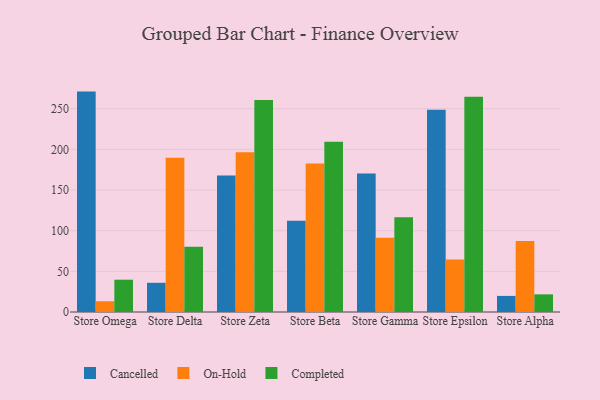
{"axis": {"x": "Store", "y": "Conversion Rate (%)"}, "legend": ["Cancelled", "Completed", "On-Hold"], "data": [{"x": "Store Omega", "y": 271.0, "type": "Cancelled"}, {"x": "Store Omega", "y": 13.2, "type": "On-Hold"}, {"x": "Store Omega", "y": 39.7, "type": "Completed"}, {"x": "Store Delta", "y": 35.9, "type": "Cancelled"}, {"x": "Store Delta", "y": 189.6, "type": "On-Hold"}, {"x": "Store Delta", "y": 80.2, "type": "Completed"}, {"x": "Store Zeta", "y": 167.9, "type": "Cancelled"}, {"x": "Store Zeta", "y": 196.5, "type": "On-Hold"}, {"x": "Store Zeta", "y": 260.7, "type": "Completed"}, {"x": "Store Beta", "y": 112.1, "type": "Cancelled"}, {"x": "Store Beta", "y": 182.5, "type": "On-Hold"}, {"x": "Store Beta", "y": 209.3, "type": "Completed"}, {"x": "Store Gamma", "y": 170.2, "type": "Cancelled"}, {"x": "Store Gamma", "y": 91.2, "type": "On-Hold"}, {"x": "Store Gamma", "y": 116.6, "type": "Completed"}, {"x": "Store Epsilon", "y": 248.7, "type": "Cancelled"}, {"x": "Store Epsilon", "y": 64.6, "type": "On-Hold"}, {"x": "Store Epsilon", "y": 264.8, "type": "Completed"}, {"x": "Store Alpha", "y": 19.8, "type": "Cancelled"}, {"x": "Store Alpha", "y": 87.4, "type": "On-Hold"}, {"x": "Store Alpha", "y": 21.7, "type": "Completed"}]}